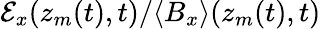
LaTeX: \mathcal{E}_{x}(z_{m}(t),t)/\langle B_{x}\rangle(z_{m}(t),t)